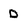
Character: d